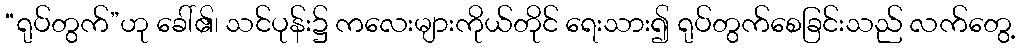
“ရုပ်တွက်”ဟု ခေါ်၏၊ သင်ပုန်း၌ ကလေးများကိုယ်တိုင် ရေးသား၍ ရုပ်တွက်စေခြင်းသည် လက်တွေ့